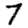
Digit: 7